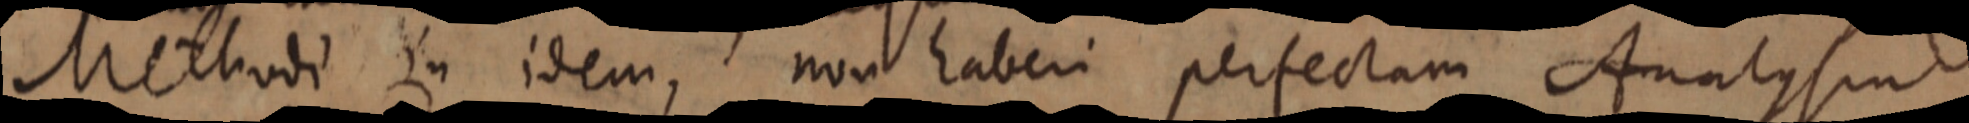
Methodi in idem, non haberi perfectam Analysin